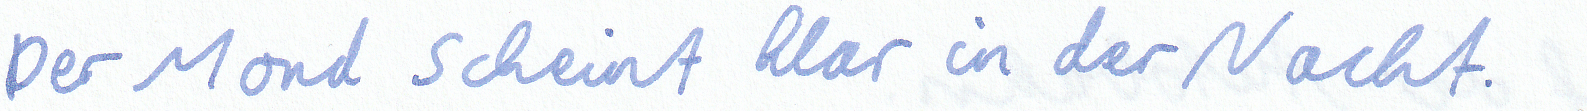
Der Mond schint klar in der Nacht.